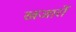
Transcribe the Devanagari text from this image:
खजारों